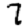
Digit: 7